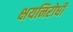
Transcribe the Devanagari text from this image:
क्षयनिरोधी